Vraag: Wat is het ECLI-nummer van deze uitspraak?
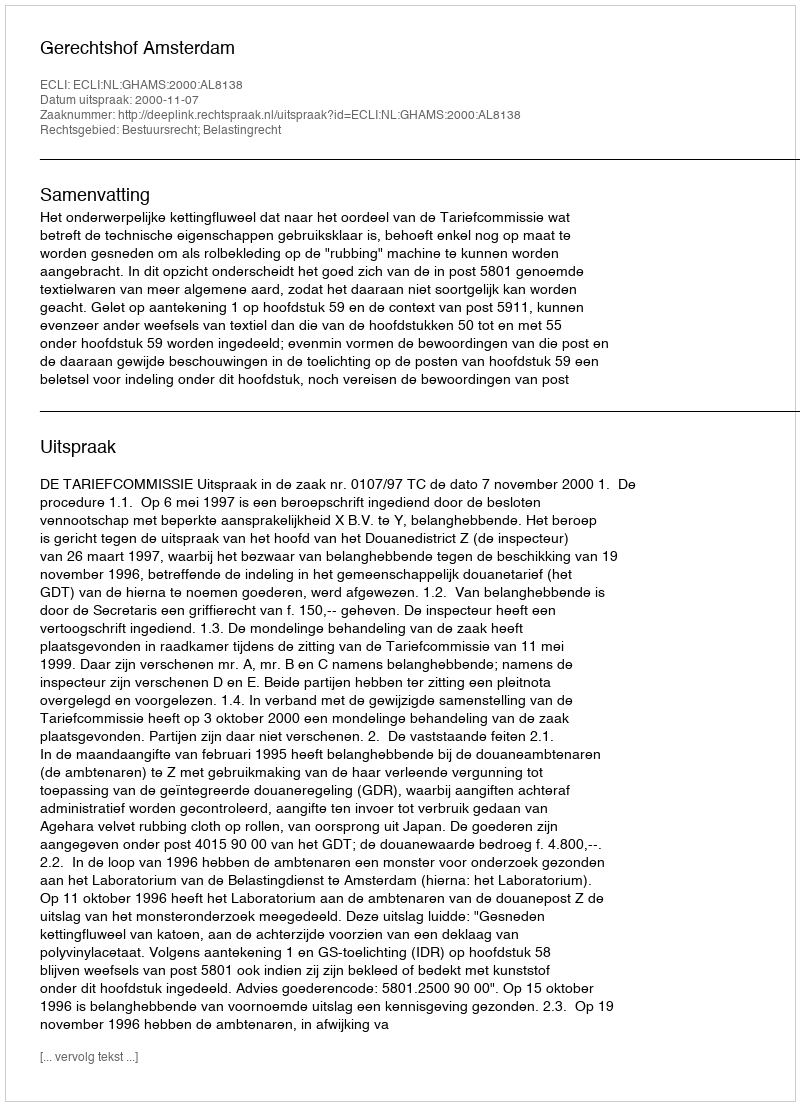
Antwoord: ECLI:NL:GHAMS:2000:AL8138